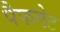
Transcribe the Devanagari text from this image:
पैफलेट